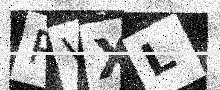
Text: PVXL